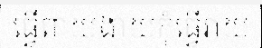
ធ្វើពាយងាយកុំធ្វើរាយ